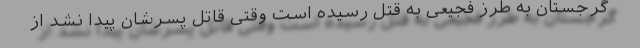
گرجستان به طرز فجیعی به قتل رسیده است وقتی قاتل پسرشان پیدا نشد از